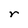
Character: r